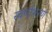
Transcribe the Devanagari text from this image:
स्वर्णाभरण